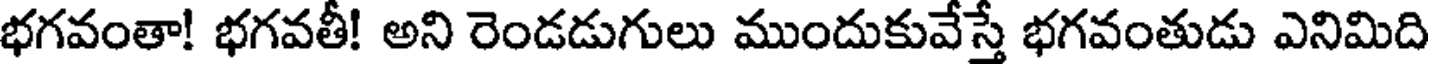
భగవంతా! భగవతీ! అని రెండడుగులు ముందుకువేస్తే భగవంతుడు ఎనిమిది